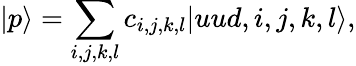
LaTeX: |p\rangle=\sum_{i,j,k,l}c_{i,j,k,l}|uud,i,j,k,l\rangle,